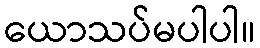
ယောသပ်မပါပါ။